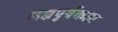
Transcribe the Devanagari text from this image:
लक्षपुर्वकता